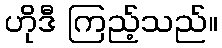
ဟိုဒီ ကြည့်သည်။